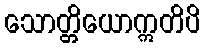
သောတ္တိယောဣတိပိ